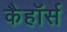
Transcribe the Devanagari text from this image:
कैहॉर्स